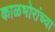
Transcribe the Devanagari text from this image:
काळभोरांच्या